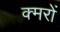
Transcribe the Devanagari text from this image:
क्मरों